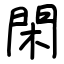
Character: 閑